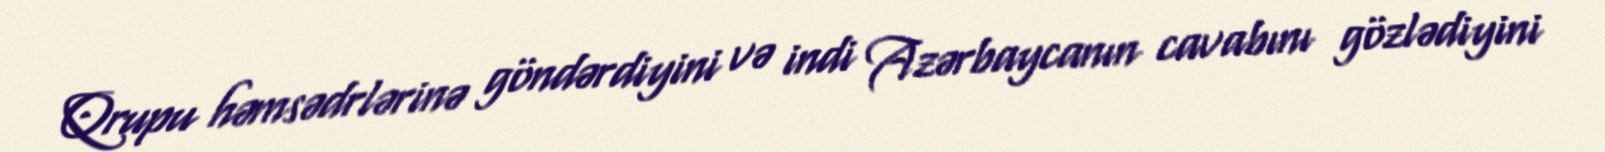
Qrupu həmsədrlərinə göndərdiyini və indi Azərbaycanın cavabını gözlədiyini